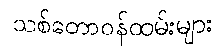
သစ်တောဝန်ထမ်းများ